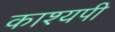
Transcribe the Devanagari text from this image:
काश्यपी